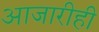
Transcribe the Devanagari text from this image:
आजारीही